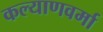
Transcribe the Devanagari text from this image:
कल्याणवर्मा